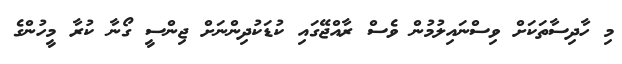
މި ހާދިސާތަކަށް ވިސްނައިލުމުން ވެސް ރާއްޖޭގައި ކުޑަކުދިންނަށް ޖިންސީ ގޯނާ ކުރާ މީހުންގެ